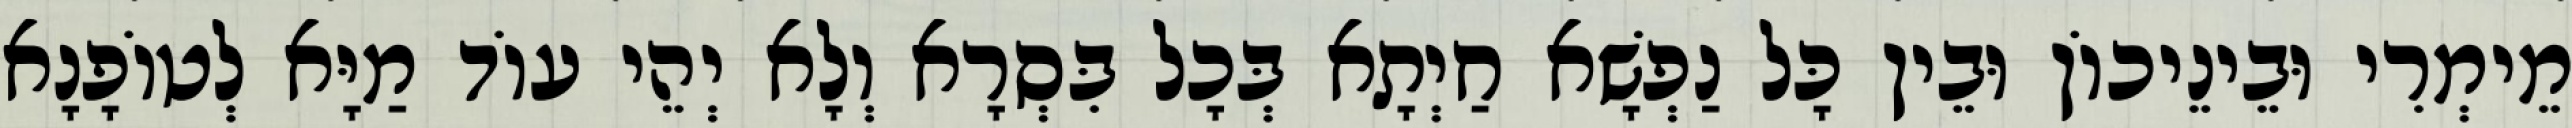
מֵימְרִי וּבֵינֵיכוֹן וּבֵין כָּל נַפְשָׁא חַיְתָא בְּכָל בִּסְרָא וְלָא יְהֵי עוֹד מַיָּא לְטוֹפָנָא